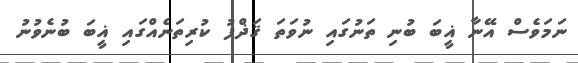
ނަމަވެސް އޭނާ ޣީބަ ބުނި ތަނުގައި ނުވަތަ ޤަޛްފު ކުރިތަނެއްގައި ޣީބަ ބުނެވުނު